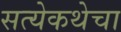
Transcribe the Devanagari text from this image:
सत्येकथेचा